Vaccination returns of the Province of Eastern Bengal and Assam - 1905-1912
Year: 1905
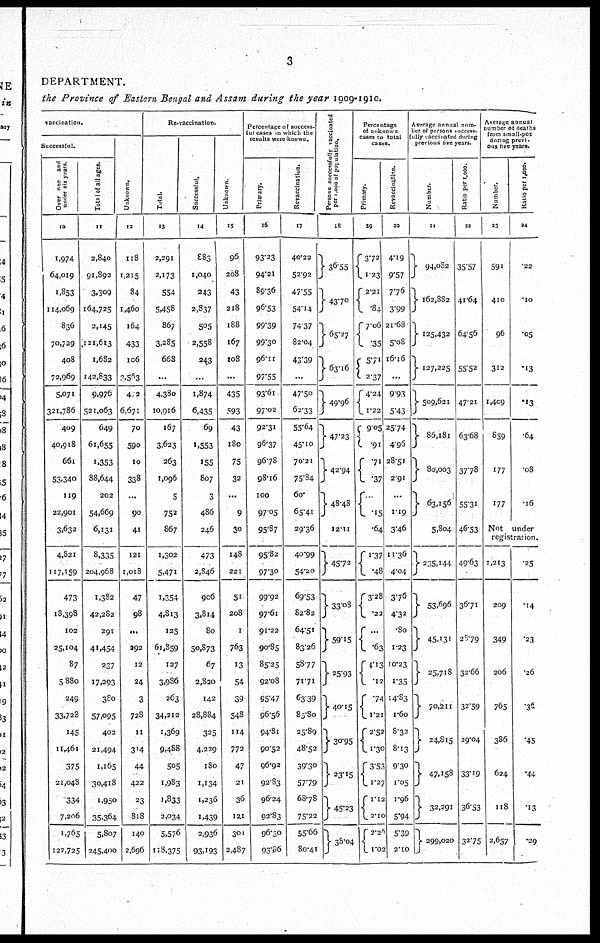
3
DEPARTMENT.
the Province of Eastern Bengal and Assam during the year 1909-1910.
vaccination.
Successful.
Over one and
under six years.
10
1,974
64,019
1,853
114,069
836
70,729
408
72,969
5,071
321,786
409
40,918
661
53,340
119
22,901
3,632
4,821
117,159
473
18,398
102
25,104
87
5,880
249
33,723
145
11,461
375
21,048
334
7,206
1,765
122,725
Total of all ages.
11
2,840
91,892
3,309
164,725
2,145
121,613
1,682
142,833
9,976
521,063
649
61,655
1,353
88,644
202
54,669
6,131
8,335
204,968
1,382
42,282
291
41,454
267
17,293
380
57,095
402
21,494
1,165
30,418
1,950
35,364
5,807
245,400
Unknown.
12
118
1,215
84
1,460
164
433
106
3,563
472
6,671
70
590
10
338
...
90
41
121
1,018
47
98
...
392
12
24
3
728
11
314
44
422
23
818
140
2,696
Re-vaccination.
Total.
13
2,291
2,173
554
5,458
867
3,285
668
...
4,380
10,916
167
3,623
263
1,096
5
752
867
1,302
5,471
1,354
4,813
125
61,859
127
3,986
263
34,212
1,369
9,488
505
1,983
1,833
2,034
5,576
118,375
Successful.
14
883
1,040
243
2,837
505
2,558
243
...
1,874
6,435
69
1,553
155
807
3
486
246
473
2,846
906
3,814
80
50,873
67
2,820
142
28,884
325
4,229
180
1,134
1,236
1,439
2,936
93,193
Unknown.
15
96
208
43
218
188
167
108
...
435
593
43
180
75
32
...
9
30
148
221
51
208
1
763
13
54
39
548
114
772
47
21
36
121
301
2,487
Percentage of success-
ful cases in which the
results were known.
Primary.
16
93.23
94.21
89.36
96.53
99.39
99.30
96.11
97.55
93.61
97.02
92.31
96.37
96.78
98.16
100
97.05
95.87
95.82
97.30
99.92
97.61
91.22
90.85
85.25
92.08
95.47
96.56
94.81
90.52
96.92
92.83
96.24
92.83
96.30
93.86
Revaccination.
17
40.22
52.92
47.55
54.14
74.37
82.04
43.39
...
47.50
62.33
55.64
45.10
70.21
75.84
60.
65.41
29.36
40.99
54.20
69.53
82.82
64.51
83.26
58.77
71.71
63.39
85.80
25.89
48.52
39.30
57.79
68.78
75.22
55.66
80.41
Persons successfully vaccinated
per 1,000 of population.
18
36.55
43.70
65.27
63.16
49.96
47.23
42.94
48.48
12.11
45.72
33.08
59.15
25.93
40.15
30.95
23.15
45.23
38.04
Percentage
of unknown
cases to total
cases.
Primary.
19
3.72
1.23
2.21
.84
7.06
.35
5.71
2.37
4.24
1.22
9.05
.91
.71
.37
...
.15
.64
1.37
.48
3.28
.22
...
.63
4.13
.l2
.74
1.21
2.52
1.30
3.53
1.27
1.12
2.10
2.26
1.02
Revaccination.
20
4.19
9.57
7.76
3.99
21.68
5.08
16.16
...
9.93
5.43
25.74
4.96
28.51
2.91
...
1.19
3.46
11.36
4.04
3.76
4.32
.80
1.23
10.23
1.35
14.83
1.60
8.32
8.13
9.30
1.05
1.96
5.94
5.39
2.10
Average annual num¬
ber of persons success¬
fully vaccinated during
previous five years.
Number.
21
94,082
162,882
125,432
127,225
509,621
86,181
80,003
63,156
5,804
235,144
53,696
45,131
25,718
70,211
24,815
47,158
32,291
299,020
Ratio per 1,000.
22
35.57
41.64
64.56
55.52
47.21
63.68
37.78
55.31
46.53
49.63
36.71
29.79
32.66
32.59
29.04
33.19
36.53
32.75
Average annual
number of deaths
from small-pox
during previ-
ous five years.
Number.
23
591
410
96
312
1,409
859
177
177
Ratio per 1,000.
24
.22
.10
.05
.13
.13
.64
.08
.16
Not under
registration.
1,213
209
349
206
765
386
624
118
2,657
.25
.14
.23
.26
.36
.45
.44
.13
.29